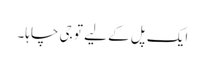
ایک پل کے لیے تو جی چاہا۔